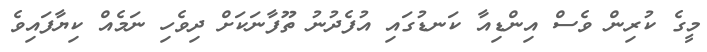
މީގެ ކުރިން ވެސް އިންޑިއާ ކަނޑުގައި އުފެދުނު ތޫފާނަކަށް ދިވެހި ނަމެއް ކިޔާފައިވެ